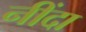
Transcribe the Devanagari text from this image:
नींदा